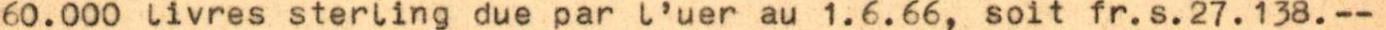
60.000 livres sterling due par l'uer au 1.6.66, soit fr.s.27.138.--